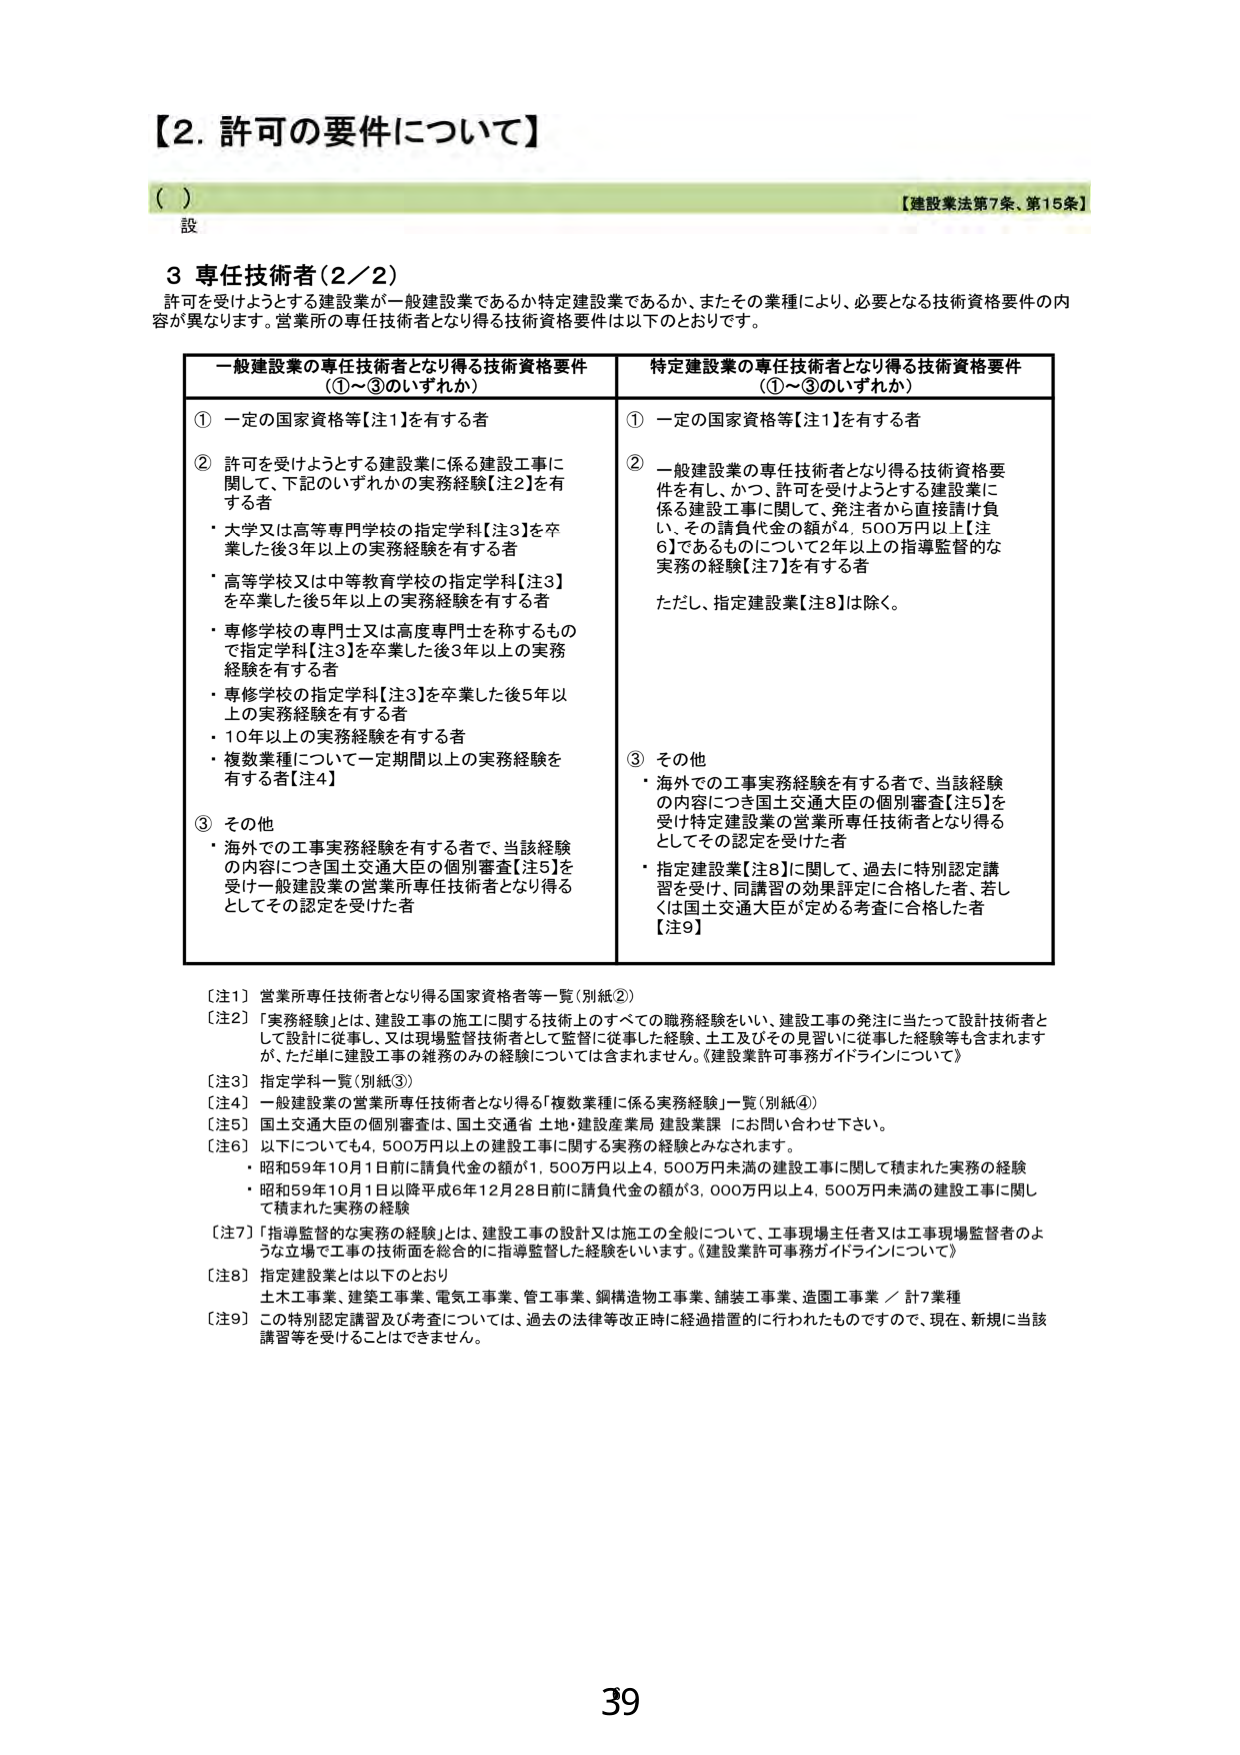
【2. 許可の要件について】

（ ）
設
【建設業法第7条、第15条】

3 専任技術者（2／2）
許可を受けようとする建設業が一般建設業であるか特定建設業であるか、またその業種により、必要となる技術資格要件の内容が異なります。営業所の専任技術者となり得る技術資格要件は以下のとおりです。

一般建設業の専任技術者となり得る技術資格要件
（①～③のいずれか）

① 一定の国家資格等【注1】を有する者

② 許可を受けようとする建設業に係る建設工事に関して、下記のいずれかの実務経験【注2】を有する者
・大学又は高等専門学校の指定学科【注3】を卒業した後3年以上の実務経験を有する者
・高等学校又は中等教育学校の指定学科【注3】を卒業した後5年以上の実務経験を有する者
・専修学校の専門士又は高度専門士を称するもので指定学科【注3】を卒業した後3年以上の実務経験を有する者
・専修学校の指定学科【注3】を卒業した後5年以上の実務経験を有する者
・10年以上の実務経験を有する者
・複数業種について一定期間以上の実務経験を有する者【注4】

③ その他
・海外での工事実務経験を有する者で、当該経験の内容につき国土交通大臣の個別審査【注5】を受け一般建設業の営業所専任技術者となり得るとしてその認定を受けた者

特定建設業の専任技術者となり得る技術資格要件
（①～③のいずれか）

① 一定の国家資格等【注1】を有する者

② 一般建設業の専任技術者となり得る技術資格要件を有し、かつ、許可を受けようとする建設業に係る建設工事に関して、発注者から直接請け負い、その請負代金の額が4,500万円以上【注6】であるものについて2年以上の指導監督的な実務の経験【注7】を有する者
ただし、指定建設業【注8】は除く。

③ その他
・海外での工事実務経験を有する者で、当該経験の内容につき国土交通大臣の個別審査【注5】を受け特定建設業の営業所専任技術者となり得るとしてその認定を受けた者
・指定建設業【注8】に関して、過去に特別認定講習を受け、同講習の効果評定に合格した者、若しくは国土交通大臣が定める考査に合格した者【注9】

【注1】 営業所専任技術者となり得る国家資格者等一覧（別紙②）
【注2】 「実務経験」とは、建設工事の施工に関する技術上のすべての職務経験をいい、建設工事の発注に当たって設計技術者として設計に従事し、又は現場監督技術者として監督に従事した経験、土工及びその見習いに従事した経験等も含まれますが、ただ単に建設工事の維持のみの経験については含まれません。《建設業許可事務ガイドラインについて》
【注3】 指定学科一覧（別紙③）
【注4】 一般建設業の営業所専任技術者となり得る「複数業種に係る実務経験」一覧（別紙④）
【注5】 国土交通大臣の個別審査は、国土交通省 土地・建設産業局 建設業課 にお問い合わせ下さい。
【注6】 以下につきても4,500万円以上の建設工事に関する実務の経験とみなされます。
・昭和59年10月1日前に請負代金の額が1,500万円以上4,500万円未満の建設工事に関して積まれた実務の経験
・昭和59年10月1日以降平成6年12月28日前に請負代金の額が3,000万円以上4,500万円未満の建設工事に関して積まれた実務の経験
【注7】 「指導監督的な実務の経験」とは、建設工事の設計又は施工の全般について、工事現場主任者又は工事現場監督者のような立場で工事の技術面を総合的に指導監督した経験をいいます。《建設業許可事務ガイドラインについて》
【注8】 指定建設業とは以下のとおり
土木工事業、建築工事業、電気工事業、管工事業、鋼構造物工事業、舗装工事業、造園工事業 ／ 計7業種
【注9】 この特別認定講習及び考査については、過去の法律等改正時に経過措置的に行われたものですので、現在、新規に当該講習等を受けることはできません。

39